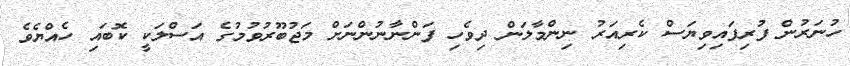
ހުނަރުން ފުރިފައިވިޔަސް ކެރިއަރު ނިންމާލަން ދިވެހި ފަންނާނުންނަށް މަޖުބޫރުވުމުގެ އަސްލަކީ ކޮބައި ހެއްޔެވެ